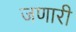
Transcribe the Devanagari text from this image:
जणारी